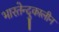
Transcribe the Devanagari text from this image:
भारतेन्दुकालीन